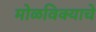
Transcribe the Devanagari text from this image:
मोळविक्याचे